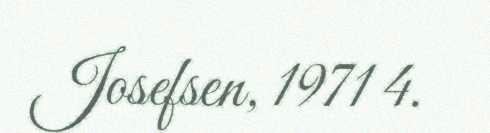
Josefsen, 1971 4.